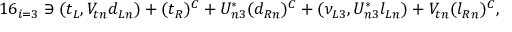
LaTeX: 1 6 _ { i = 3 } \ni ( t _ { L } , V _ { t n } d _ { L n } ) + ( t _ { R } ) ^ { C } + U _ { n 3 } ^ { * } ( d _ { R n } ) ^ { C } + ( \nu _ { L 3 } , U _ { n 3 } ^ { * } l _ { L n } ) + V _ { t n } ( l _ { R n } ) ^ { C } ,